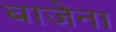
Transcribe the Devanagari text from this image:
बाजेना